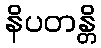
နိပတန္တိ